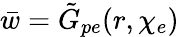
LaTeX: \bar{w}=\tilde{G}_{pe}(r,\chi_{e})